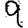
Digit: 9